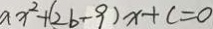
a x ^ { 2 } + ( 2 b - 9 ) x + c = 0